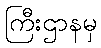
ကြီးဌာနမှ